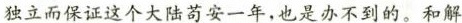
独立而保证这个大陆苟安一年，也是办不到的。和解